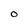
Character: O